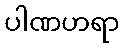
ပါဏဟရာ